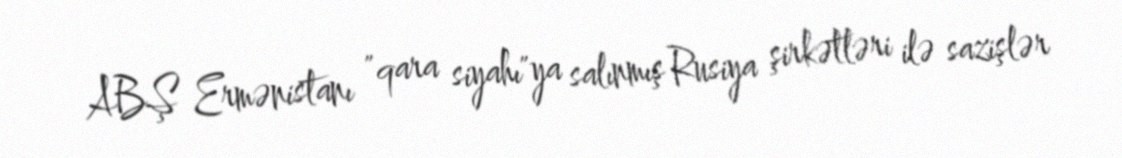
ABŞ Ermənistanı "qara siyahı"ya salınmış Rusiya şirkətləri ilə sazişlər